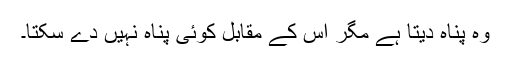
وہ پناہ دیتا ہے مگر اس کے مقابل کوئی پناہ نہیں دے سکتا۔